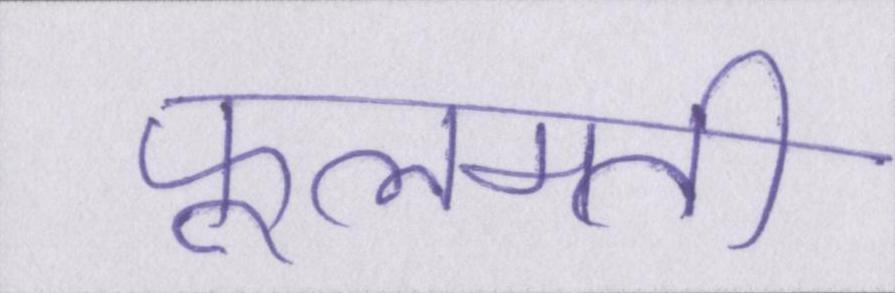
फूलमती